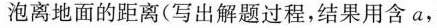
泡离地面的距离(写出解题过程，结果用含a，